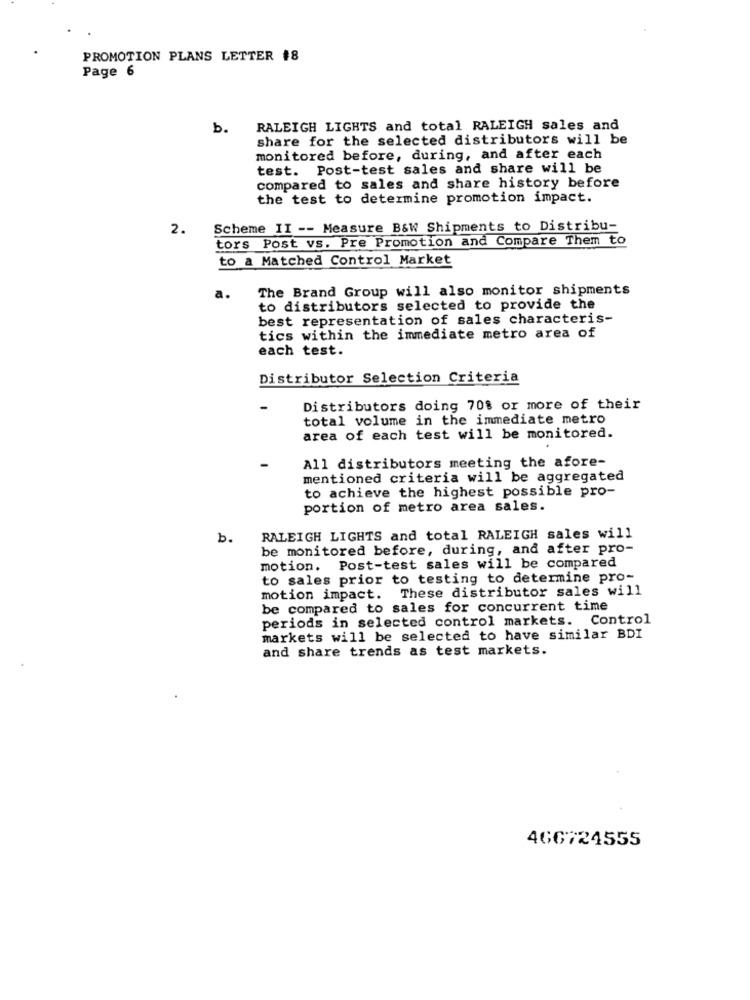
PROMOTION PLANS LETTER #8
Page 6
b.
RALEIGH LIGHTS and total RALEIGH sales and
share for the selected distributors will be
monitored before, during, and after each
test. Post-test sales and share will be
compared to sales and share history before
the test to determine promotion impact.
2.
Scheme II -- Measure B&W Shipments to Distribu-
tors Post vs. Pre Promotion and Compare Them to
to a Matched Control Market
The Brand Group will also monitor shipments
a.
to distributors selected to provide the
best representation of sales characteris-
tics within the immediate metro area of
each test.
Distributor Selection Criteria
Distributors doing 70% or more of their
total volume in the immediate metro
area of each test will be monitored.
All distributors meeting the afore-
mentioned criteria will be aggregated
to achieve the highest possible pro-
portion of metro area sales.
b.
RALEIGH LIGHTS and total RALEIGH sales will
be monitored before, during, and after pro-
motion. Post-test sales will be compared
to sales prior to testing to determine pro-
motion impact. These distributor sales will
be compared to sales for concurrent time
periods in selected control markets. Control
markets will be selected to have similar BDI
and share trends as test markets.
466724555